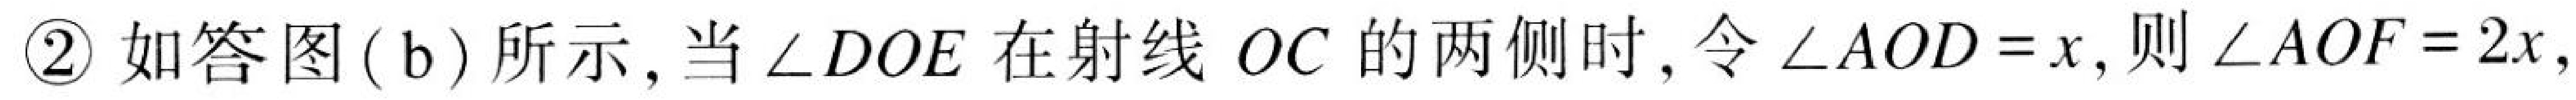
\textcircled{2} 如答图( b) 所示, 当\(\angle DOE\)在射线\(OC\)的两侧时, 令\(\angle AOD = x\), 则\(\angle AOF = 2x\),